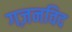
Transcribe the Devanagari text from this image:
गज़नविद